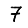
Digit: 7